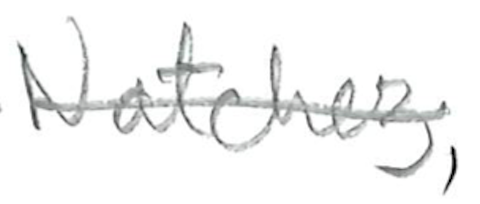
Text: Natchez,
Cross-out: single-line
Writing tool: pencil